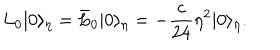
L _ { 0 } | 0 \rangle _ { \eta } = \bar { L } _ { 0 } | 0 \rangle _ { \eta } = - \frac { c } { 2 4 } \eta ^ { 2 } | 0 \rangle _ { \eta } .